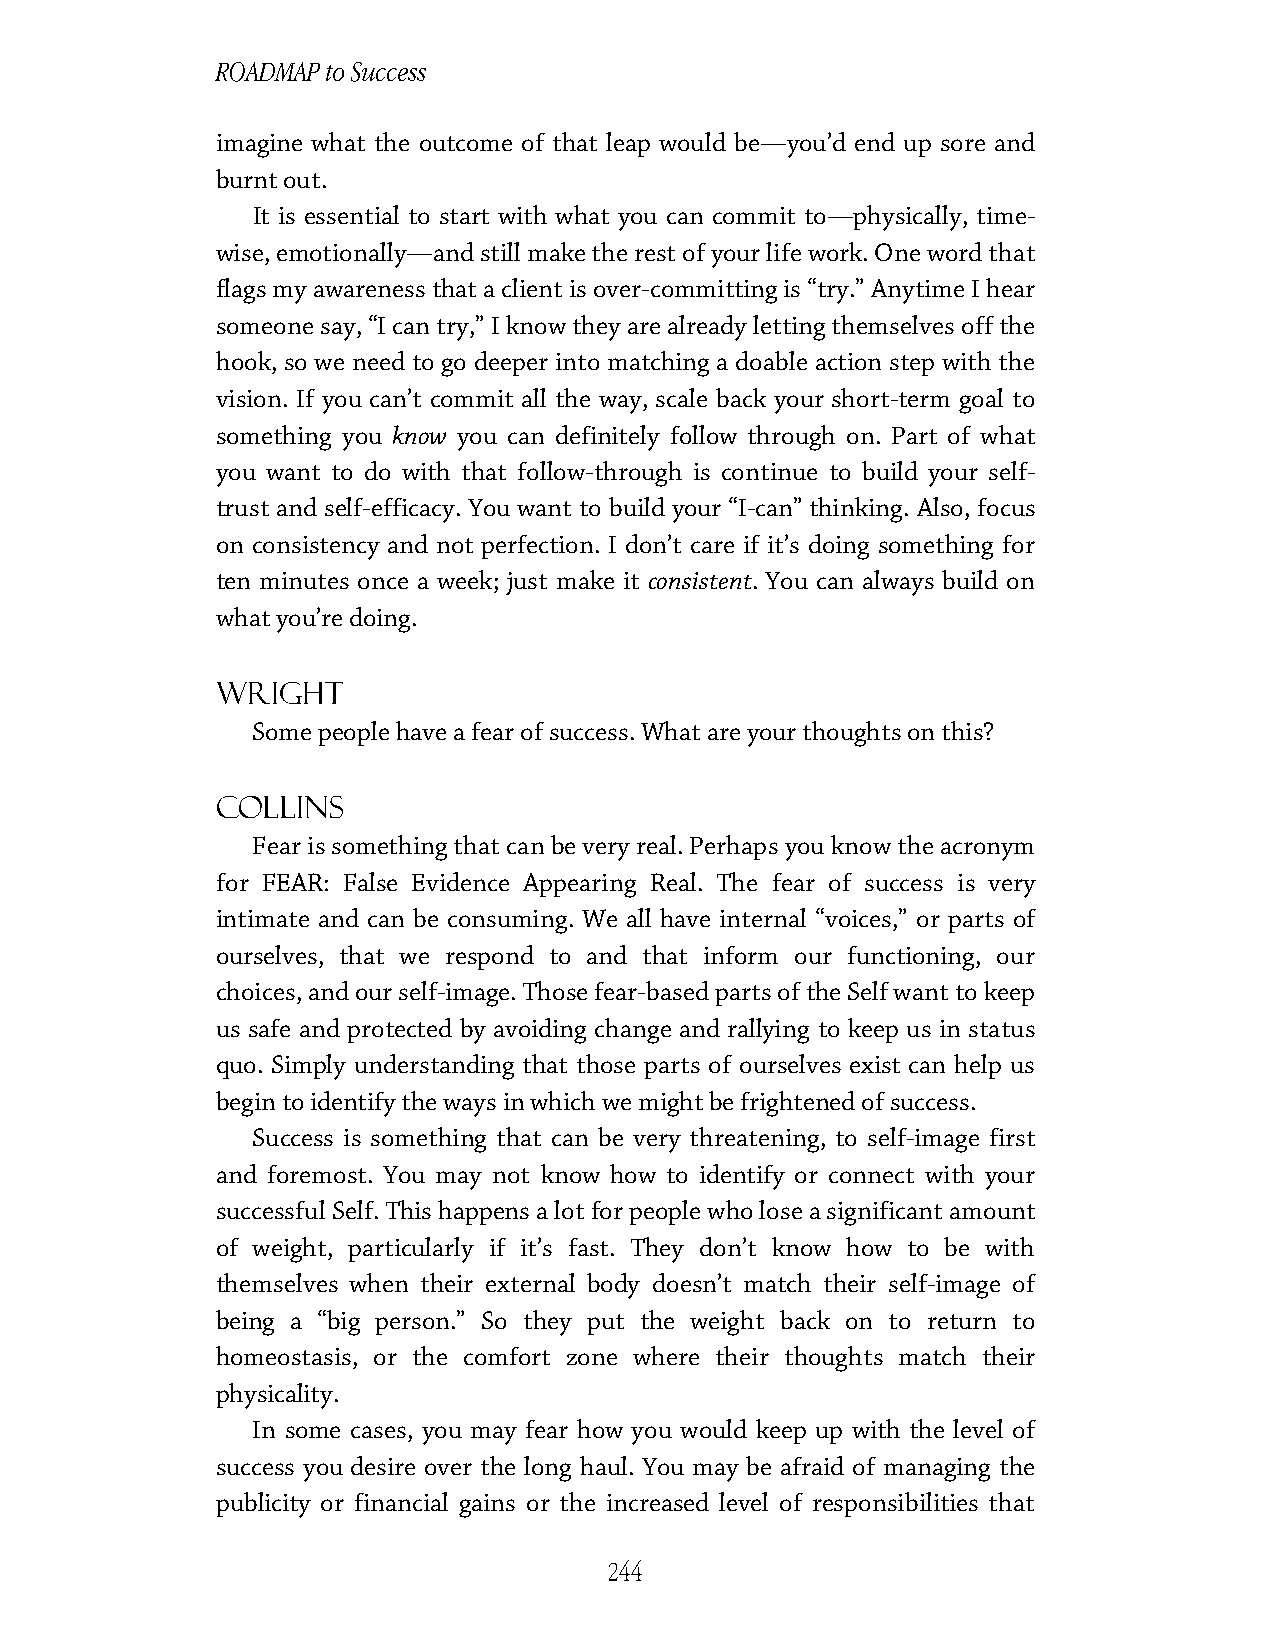
ROADMAP to Success
 imagine what the outcome of that leap would be—you’d end up sore and
 burnt out.
 It is essential to start with what you can commit to—physically, time-
 wise, emotionally—and still make the rest of your life work. One word that
 flags my awareness that a client is over-committing is “try.” Anytime I hear
 someone say, “I can try,” I know they are already letting themselves off the
 hook, so we need to go deeper into matching a doable action step with the
 vision. If you can’t commit all the way, scale back your short-term goal to
 something you know you can definitely follow through on. Part of what
 you want to do with that follow-through is continue to build your self-
 trust and self-efficacy. You want to build your “I-can” thinking. Also, focus
 on consistency and not perfection. I don’t care if it’s doing something for
 ten minutes once a week; just make it consistent. You can always build on
 what you’re doing.
 Wright
 Some people have a fear of success. What are your thoughts on this?
 Collins
 Fear is something that can be very real. Perhaps you know the acronym
 for FEAR: False Evidence Appearing Real. The fear of success is very
 intimate and can be consuming. We all have internal “voices,” or parts of
 ourselves, that we respond to and that inform our functioning, our
 choices, and our self-image. Those fear-based parts of the Self want to keep
 us safe and protected by avoiding change and rallying to keep us in status
 quo. Simply understanding that those parts of ourselves exist can help us
 begin to identify the ways in which we might be frightened of success.
 Success is something that can be very threatening, to self-image first
 and foremost. You may not know how to identify or connect with your
 successful Self. This happens a lot for people who lose a significant amount
 of weight, particularly if it’s fast. They don’t know how to be with
 themselves when their external body doesn’t match their self-image of
 being a “big person.” So they put the weight back on to return to
 homeostasis, or the comfort zone where their thoughts match their
 physicality.
 In some cases, you may fear how you would keep up with the level of
 success you desire over the long haul. You may be afraid of managing the
 publicity or financial gains or the increased level of responsibilities that
 244